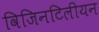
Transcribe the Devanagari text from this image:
विजिनटिलीयन